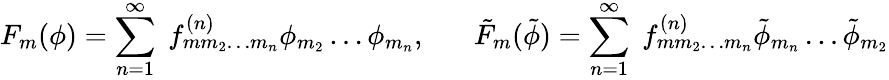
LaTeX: F_{m}(\phi)=\sum_{n=1}^{\infty}\; f_{mm_{2}\ldots m_{n}}^{(n)}\phi_{m_{2}}\ldots\phi_{m_{n}},\; \; \; \; \; \; \tilde{F}_{m}(\tilde{\phi})=\sum_{n=1}^{\infty}\; f_{mm_{2}\ldots m_{n}}^{(n)}\tilde{\phi}_{m_{n}}\ldots\tilde{\phi}_{m_{2}}